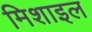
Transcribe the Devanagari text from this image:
मिशाइल